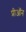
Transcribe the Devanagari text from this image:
प्रीऑन